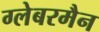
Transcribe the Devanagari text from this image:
ग्लेबरमैन